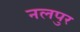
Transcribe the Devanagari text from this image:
नलपुर